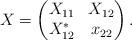
LaTeX: \begin{align*} X= \begin{pmatrix} X_{11} & X_{12} \\ X_{12}^* & x_{22} \end{pmatrix}.\end{align*}